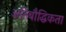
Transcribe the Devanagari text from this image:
अतिबौद्धिकता